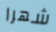
شهرا